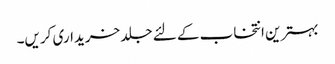
بہترین انتخاب کے لئے جلد خریداری کریں۔